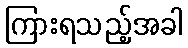
ကြားရသည့်အခါ